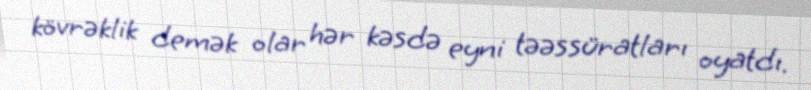
kövrəklik demək olar hər kəsdə eyni təəssüratları oyatdı.